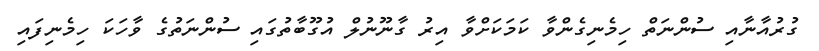
ގުރުއާނާއި ސުންނަތް ހިމެނިގެންވާ ކަމަކަށްވާ އިރު ގާނޫނުލް އުގޫބާތުގައި ސުންނަތުގެ ވާހަކަ ހިމެނިފައި